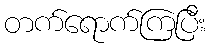
တက်ရောက်ကြပြီး